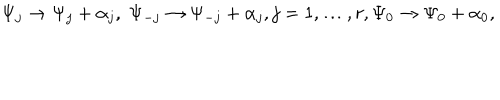
\Psi _ { j } \rightarrow \Psi _ { j } + \alpha _ { j } , \; \Psi _ { - j } \rightarrow \Psi _ { - j } + \alpha _ { j } , j = 1 , \ldots , r , \Psi _ { 0 } \rightarrow \Psi _ { 0 } + \alpha _ { 0 } ,